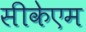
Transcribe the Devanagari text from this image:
सीकेएम